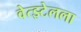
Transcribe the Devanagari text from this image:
वेत्झ्टेलला